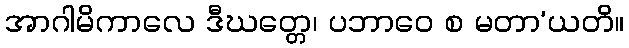
အာဂါမိကာလေ ဒီဃတ္တေ၊ ပဘာဝေ စ မတာ’ယတိ။